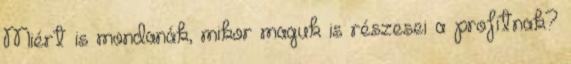
Miért is mondanák, mikor maguk is részesei a profitnak?